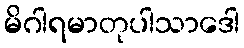
မိဂါရမာတုပါသာဒေါ